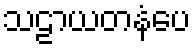
သဠာယတနံပေ